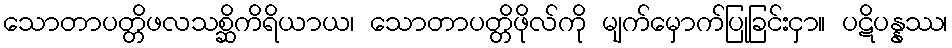
သောတာပတ္တိဖလသစ္ဆိကိရိယာယ၊ သောတာပတ္တိဖိုလ်ကို မျက်မှောက်ပြုခြင်းငှာ။ ပဋိပန္နဿ၊